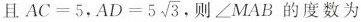
且$$AC=5$$，$$AD=5\sqrt{3}$$,则\angle MAB的度数为